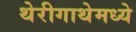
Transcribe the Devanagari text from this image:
थेरीगाथेमध्ये